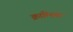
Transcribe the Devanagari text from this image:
क्राम्निक